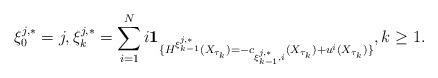
LaTeX: \begin{align*}\xi^{j,*}_{0}=j,\xi^{j,*}_k=\sum_{i=1}^N i\mathbf{1}_{\{H^{\xi^{j,*}_{k-1}}(X_{\tau_k})=-c_{\xi^{j,*}_{k-1},i}(X_{\tau_k})+u^i({X_{\tau_k})}\}},k\ge1.\end{align*}